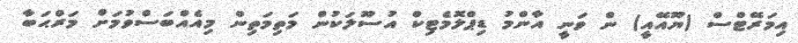
އިމަރޭޓްސް (ޔޫއޭއީ) ން ވަނީ އާންމު ޑިޕްލޮމެޓިކް އުސޫލަކުން މަތިމަތިން މިއެއްބަސްވުމަށް މަރްޙަބާ